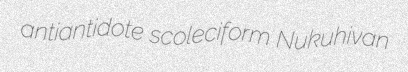
antiantidote scoleciform Nukuhivan